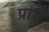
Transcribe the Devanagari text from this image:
प्रांश